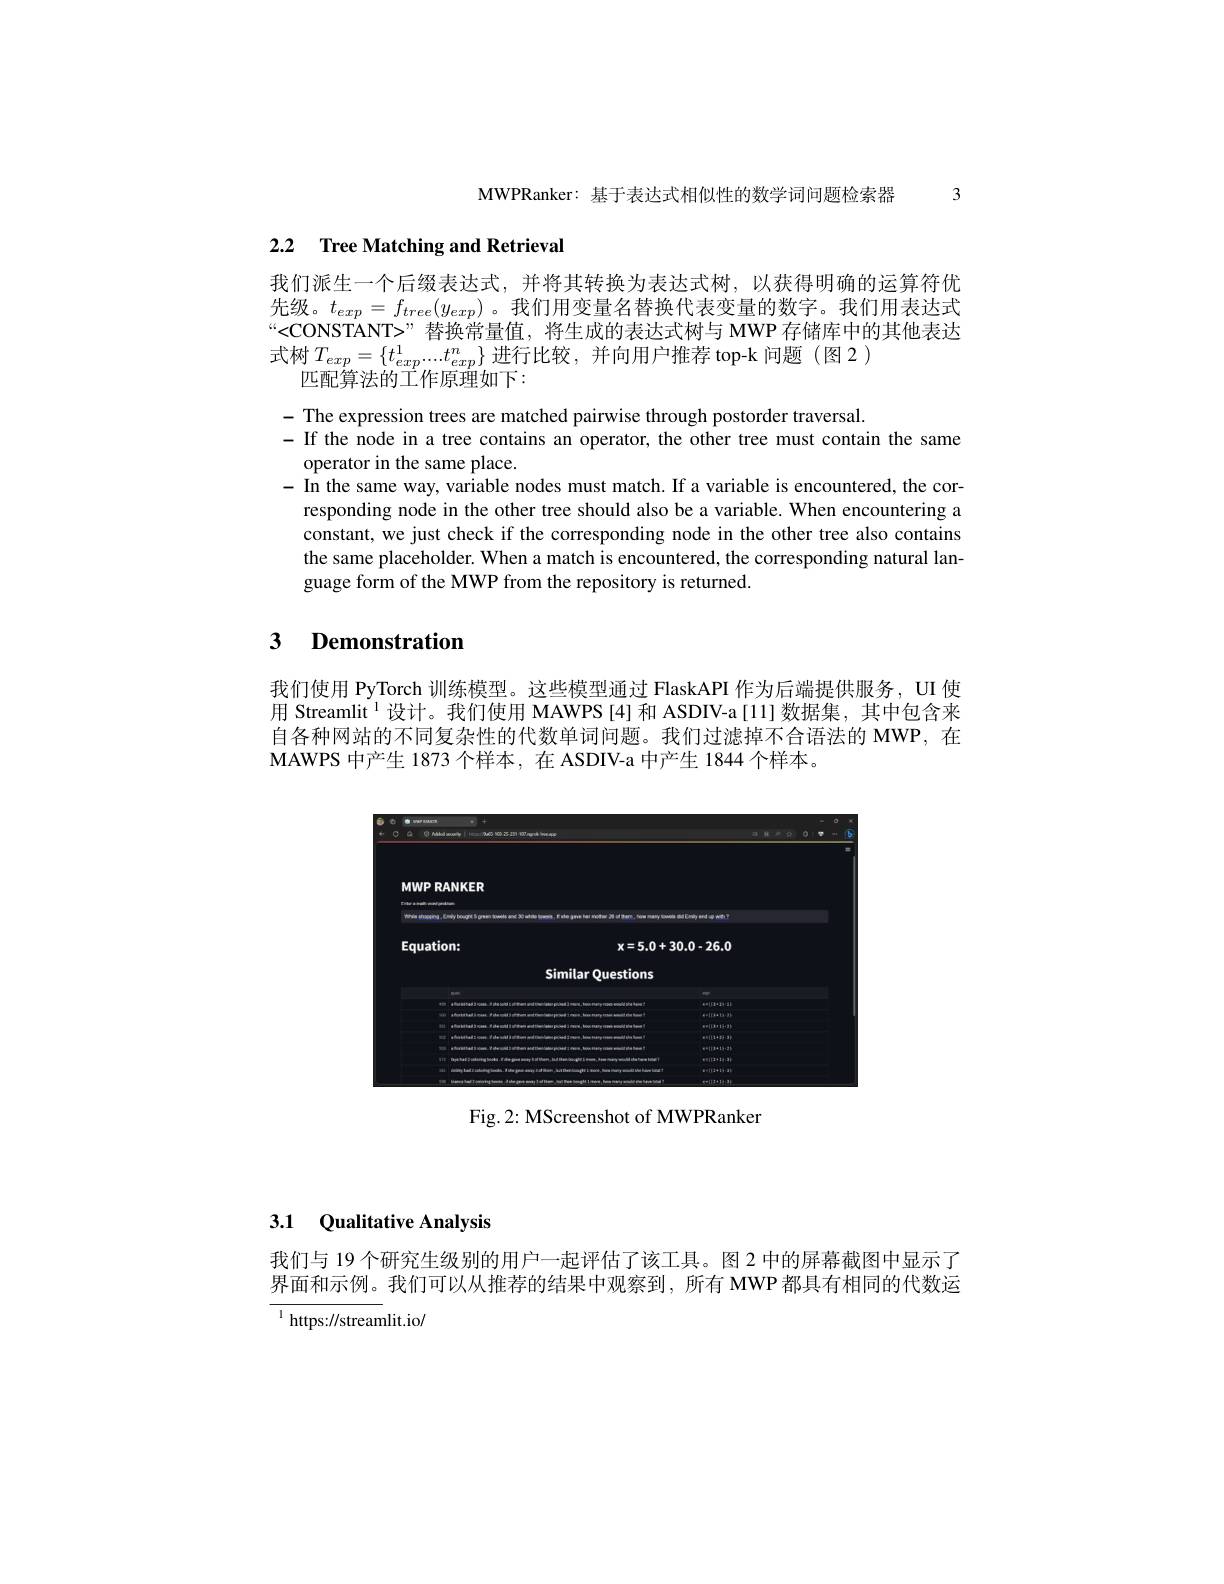
MWPRanker: 基于表达式相似性的数学词问题检索器 3

## 2.2 Tree Matching and Retrieval

我们派生一个后缀表达式，并将其转换为表达式树，以获得明确的运算符优先级。$t_{exp}=f_{tree}(y_{exp})$。我们用变量名替换代表变量的数字。我们用表达式<CONSTANT>”替换常量值，将生成的表达式树与 MWP 存储库中的其他表达式树$T_exp=\{t_{exp}^{1}....t_{exp}^{n}\}$进行比较，并向用户推荐 top-k 问题 (图 2 )
匹配算法的工作原理如下：

$\begin{array}{l}{-\text{The expression trees are matched pairwise through postorder traversal.}}\\{-\text{If the node in a treee contains an operator, the other tree must contain the same}}\\{-\text{If the node in a treee contains an operator, the other tree must contain the same}}\end{array}$
operator in the same place.
- In the same way, variable nodes must match. If a variable is encountered, the cor-
responding node in the other tree should also be a variable. When encountering a constant, we just check if the corresponding node in the other tree also contains the same placeholder. When a match is encountered, the corresponding natural language form of the MWP from the repository is returned.

## 3 Demonstration

我们使用 PyTorch 训练模型。这些模型通过 FlaskAPI 作为后端提供服务，UI 使用 Streamlit$^{1}$设计。我们使用 MAWPS [4] 和 ASDIV-a[11]数据集，其中包含来自各种网站的不同复杂性的代数单词问题。我们过滤掉不合语法的 MWP,在MAWPS 中产生 1873 个样本，在 ASDIV-a 中产生 1844 个样本。

<FigureHere>

Fig. 2: MScreenshot of MWPRanker

### 3.1 Qualitative Analysis

我们与 19 个研究生级别的用户一起评估了该工具。图 2 中的屏幕截图中显示了界面和示例。我们可以从推荐的结果中观察到，所有 MWP都具有相同的代数运$^{1}$ https://streamlit.io/